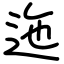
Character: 迤